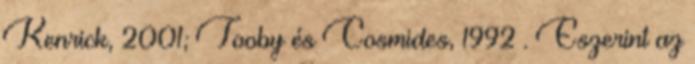
Kenrick, 2001; Tooby és Cosmides, 1992 . Eszerint az